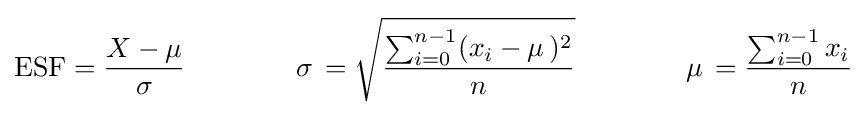
\operatorname {ESF} ={\frac {X-\mu }{\sigma }}\qquad \qquad \sigma \,={\sqrt {\frac {\sum _{i=0}^{n-1}(x_{i}-\mu \,)^{2}}{n}}}\qquad \qquad \mu \,={\frac {\sum _{i=0}^{n-1}x_{i}}{n}}